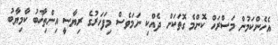
އެހެންކަމުން މަސްރަހް ކޮންމެ ގޮތަކަށް ދެއްކި ނަމަވެސް މިފަހަރުގެ ރިޔާސީ އިންތިޚާބު ކާމިޔާބު